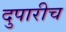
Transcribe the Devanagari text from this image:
दुपारीच